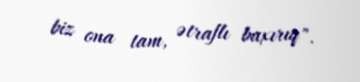
biz ona tam, ətraflı baxırıq".